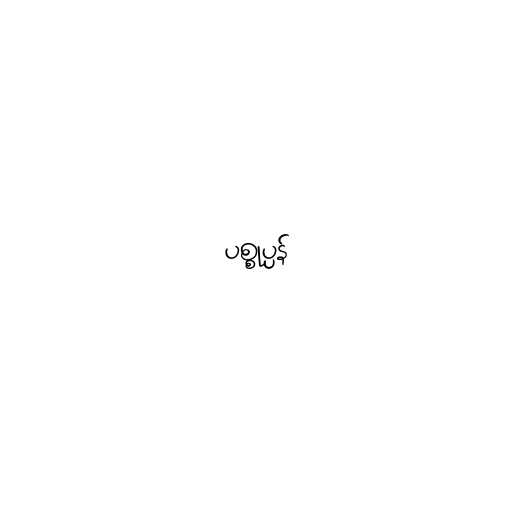
ပစ္စုပ္ပန်